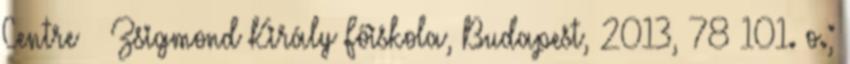
Centre – Zsigmond Király Főiskola, Budapest, 2013, 78–101. o.;